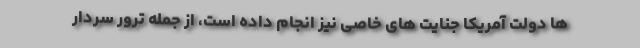
ها دولت آمریکا جنایت های خاصی نیز انجام داده است، از جمله ترور سردار